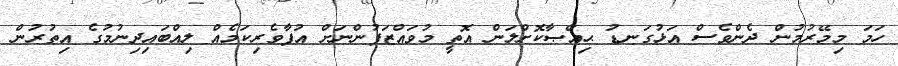
ހަމަ މިމޭރުމުން ދެންވެސް އަޅުގަނޑު ޙިއްޞާކޮށްލަން އޮތީ މުވައްޒަފުންނަށް އުފާވެރިކަމެއް ލިއްބައިދިނުމުގެ އިތުރުން